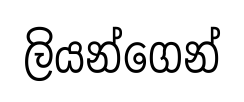
ලියන්ගෙන්